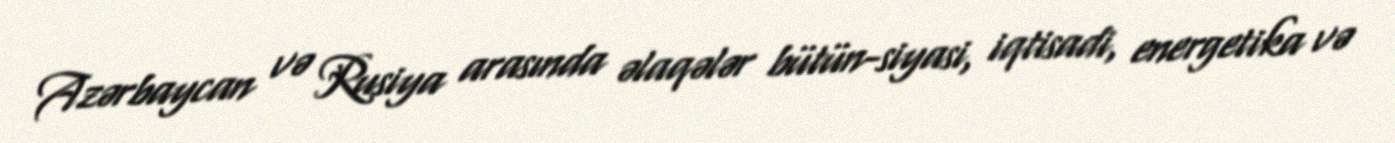
Azərbaycan və Rusiya arasında əlaqələr bütün-siyasi, iqtisadi, energetika və